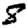
Digit: 8